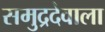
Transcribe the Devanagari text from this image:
समुद्रदेवाला